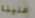
علينا